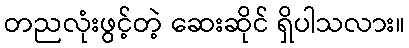
တညလုံးဖွင့်တဲ့ ဆေးဆိုင် ရှိပါသလား။